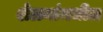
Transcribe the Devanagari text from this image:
शेळ्यांमधील